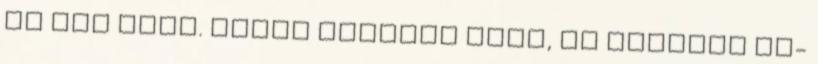
az egy évet. Annál nagyobb öröm, ha sikerül új-